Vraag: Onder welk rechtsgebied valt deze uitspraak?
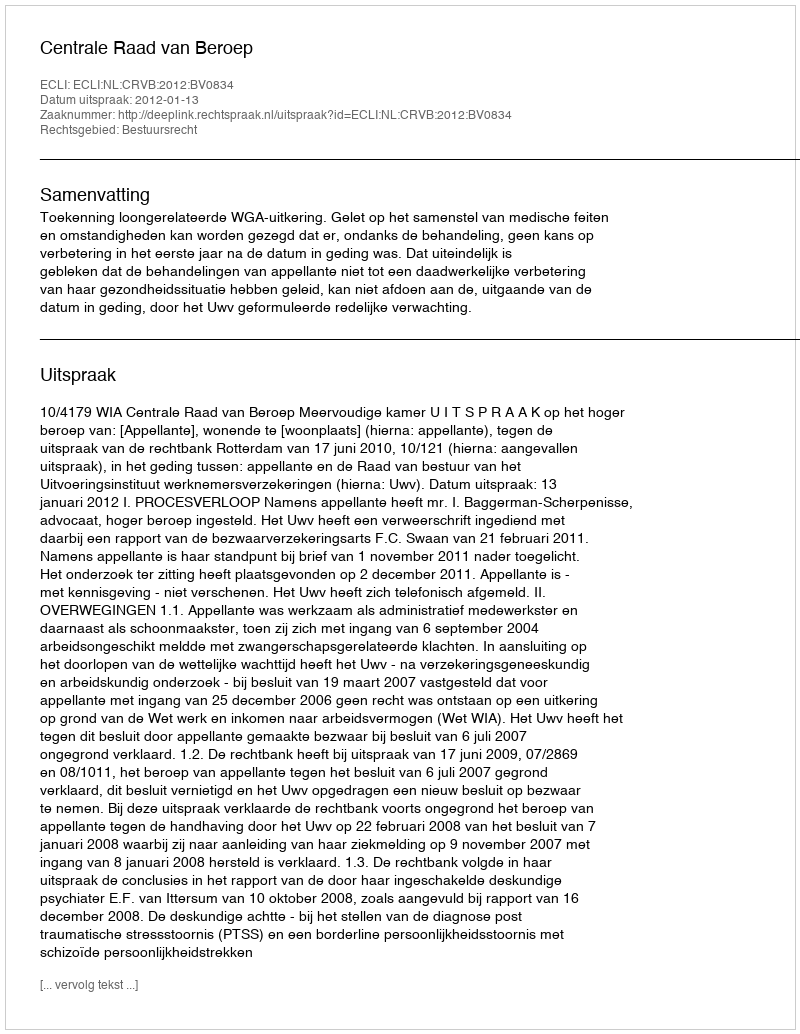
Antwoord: Bestuursrecht